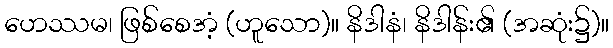
ဟေဿမ၊ ဖြစ်စေအံ့ (ဟူသော)။ နိဒါနံ၊ နိဒါန်း၏ (အဆုံး၌)။